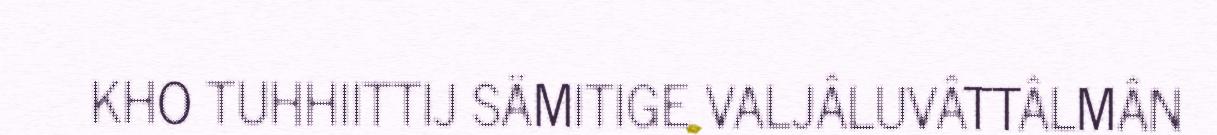
KHO TUHHIITTIJ SÄMITIGE VALJÂLUVÂTTÂLMÂN